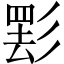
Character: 𱝤